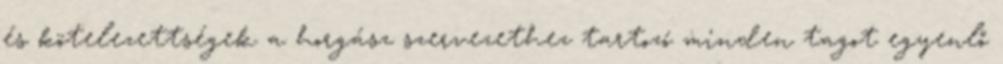
és kötelezettségek a horgász szervezethez tartozó minden tagot egyenlő